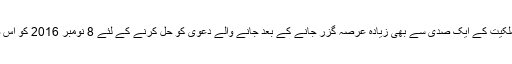
بعدازاں مارگلہ پہاڑیوں میں 8603 ایکڑ فوجی اراضی کی ملکیت کے ایک صدی سے بھی زیادہ عرصہ گزر جانے کے بعد جانے والے دعویٰ کو حل کرنے کے لئے 8 نومبر 2016 کو اس وقت کے وزیر دفاع کے زیر صدارت ایک اجلاس منعقد ہوا۔